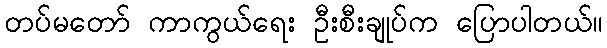
တပ်မတော် ကာကွယ်ရေး ဦးစီးချုပ်က ပြောပါတယ်။